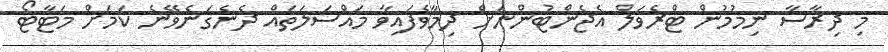
މި ދިރާސާ ނިމުމުން ޓްރެވަލް އެޖެންޓުންނަށް ދިމާވެފައިވާ މައްސަލަތައް ދެނެގަނެވޭނެ ކަމަށް މަޓާޓޯ